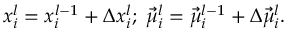
x _ { i } ^ { l } = x _ { i } ^ { l - 1 } + \Delta x _ { i } ^ { l } ; \ \vec { \mu } _ { i } ^ { l } = \vec { \mu } _ { i } ^ { l - 1 } + \Delta \vec { \mu } _ { i } ^ { l } .